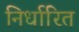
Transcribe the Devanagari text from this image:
निर्धारित